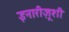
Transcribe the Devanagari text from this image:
इनारीज़ूशी